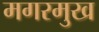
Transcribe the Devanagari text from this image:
मगरमुख